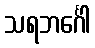
သရဘင်္ဂေါ